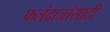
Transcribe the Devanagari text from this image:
फलंदाजांसाठी